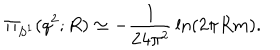
\Pi _ { S ^ { 1 } } ( q ^ { 2 } ; R ) \simeq - { \frac { 1 } { 2 4 \pi ^ { 2 } } } \ln \left( 2 \pi R m \right) .